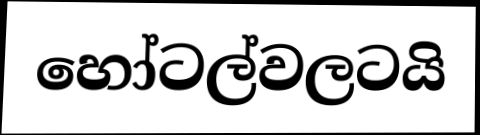
හෝටල්වලටයි